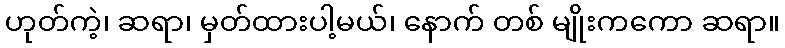
ဟုတ်ကဲ့၊ ဆရာ၊ မှတ်ထားပါ့မယ်၊ နောက် တစ် မျိုးကကော ဆရာ။